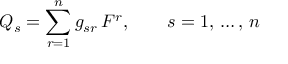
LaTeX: Q _ { s } = \sum _ { r = 1 } ^ { n } g _ { s r } \, F ^ { r } , \qquad s = 1 , \, \ldots , \, n